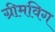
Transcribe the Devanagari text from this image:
ग्रीमविग